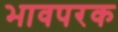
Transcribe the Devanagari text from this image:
भावपरक